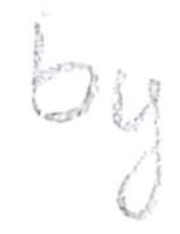
Text: by
Cross-out: clean
Writing tool: pencil